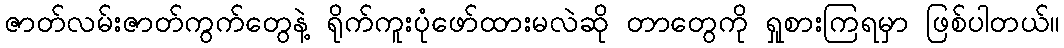
ဇာတ်လမ်းဇာတ်ကွက်တွေနဲ့ ရိုက်ကူးပုံဖော်ထားမလဲဆို တာတွေကို ရှုစားကြရမှာ ဖြစ်ပါတယ်။